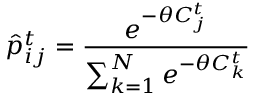
\hat { p } _ { i j } ^ { t } = \frac { e ^ { - \theta C _ { j } ^ { t } } } { \sum _ { k = 1 } ^ { N } e ^ { - \theta C _ { k } ^ { t } } }